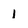
Character: 1